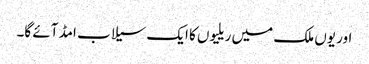
اور یوں ملک میں ریلیوں کا ایک سیلاب امڈ آئے گا۔